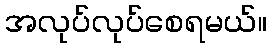
အလုပ်လုပ်စေရမယ်။